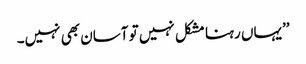
’’یہاں رہنا مشکل نہیں تو آسان بھی نہیں۔